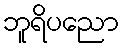
ဘူရိပညော